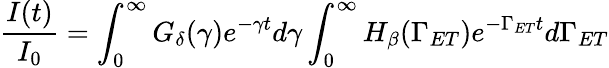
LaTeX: \frac{I(t)}{I_{0}}=\int_{0}^{\infty}G_{\delta}(\gamma)e^{-\gamma t}d\gamma\int_{0}^{\infty}H_{\beta}(\Gamma_{ET})e^{-\Gamma_{ET}t}d\Gamma_{ET}